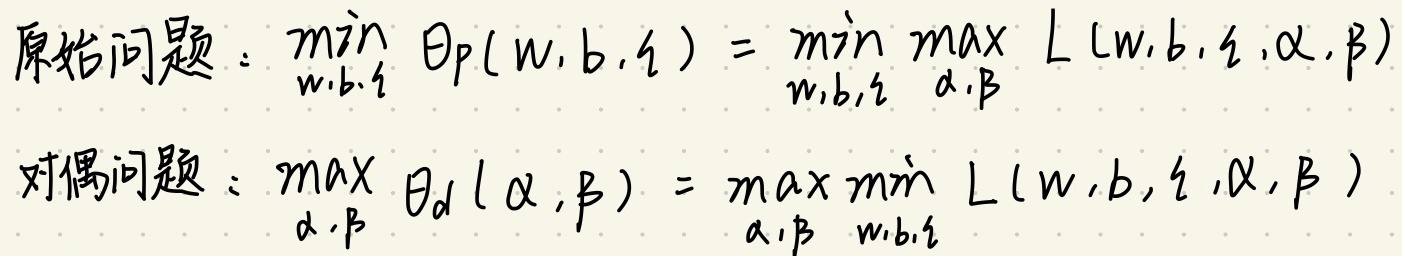
原始问题：$\min_{w,b,\xi} \Theta_p(w,b,\xi) = \min_{w,b,\xi} \max_{\alpha,\beta} L(w,b,\xi,\alpha,\beta)$

对偶问题：$\max_{\alpha,\beta} \Theta_d(\alpha,\beta) = \max_{\alpha,\beta} \min_{w,b,\xi} L(w,b,\xi,\alpha,\beta)$